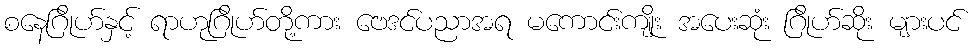
စနေဂြိုဟ်နှင့် ရာဟုဂြိုဟ်တို့ကား ဗေဒင်ပညာအရ မကောင်းကျိုး အပေးဆုံး ဂြိုဟ်ဆိုး များပင်